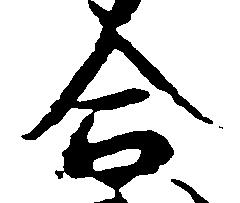
合